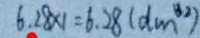
6 . 2 8 \times 1 = 6 . 2 8 ( d m ^ { 3 2 } )